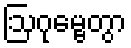
ဩဂုမ္ဗေတွာ